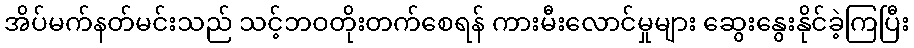
အိပ်မက်နတ်မင်းသည် သင့်ဘဝတိုးတက်စေရန် ကားမီးလောင်မှုများ ဆွေးနွေးနိုင်ခဲ့ကြပြီး